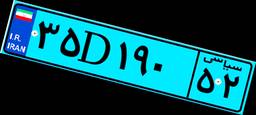
۲۱D۴۴۵۵۶